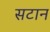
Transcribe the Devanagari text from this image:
सटान